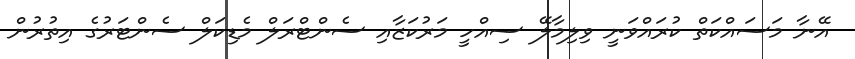
އޭނާ މަސައްކަތް ކުރައްވަނީ ވިލިމާލޭ ސިއްހީ މަރުކަޒާއި ސެންޓްރަލް މެޑިކަލް ސެންޓަރުގެ އިތުރުން